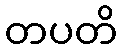
တပတိ